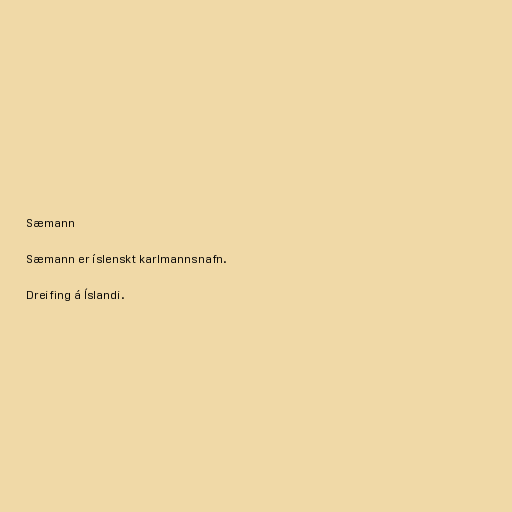
Sæmann

Sæmann er íslenskt karlmannsnafn.

Dreifing á Íslandi.